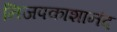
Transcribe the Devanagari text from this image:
निजपकाशानंद